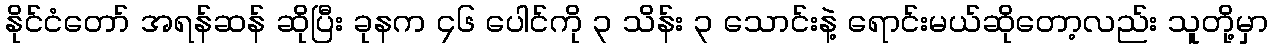
နိုင်ငံတော် အရန်ဆန် ဆိုပြီး ခုနက ၄၆ ပေါင်ကို ၃ သိန်း ၃ သောင်းနဲ့ ရောင်းမယ်ဆိုတော့လည်း သူတို့မှာ